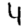
Digit: 4